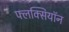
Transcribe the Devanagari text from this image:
फ्लक्सियॉन